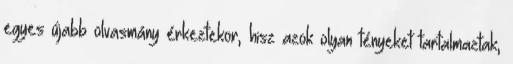
egyes újabb olvasmány érkeztekor, hisz azok olyan tényeket tartalmaztak,